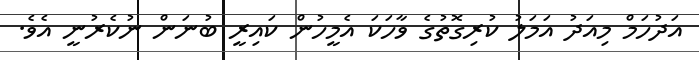
އަދުހަމް މިއަދު އަމަލު ކުރިގޮތުގެ ވާހަކަ އެމީހުން ކައިރީ ބުނަން ނުކެރުނީ އެވެ.